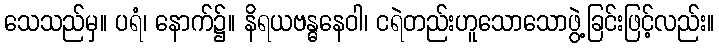
သေသည်မှ။ ပရံ၊ နောက်၌။ နိရယဗန္ဓနေဝါ၊ ငရဲတည်းဟူသောသောဖွဲ့ခြင်းဖြင့်လည်း။